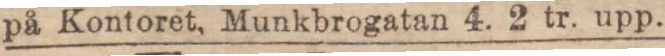
på Kontoret, Munkbrogatan 4. 2 tr. upp.